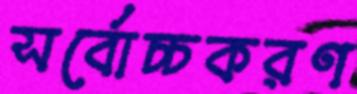
সর্বোচ্চকরণ